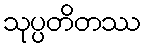
သုပ္ပတိတဿ